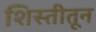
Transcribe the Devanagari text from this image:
शिस्तीतून